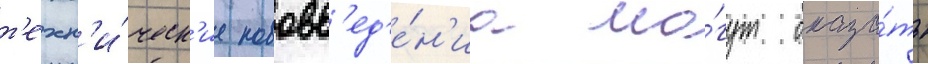
т'ехн'и́ческ'ие нововв'ед'е́н'иа мо́гут оказа́ть